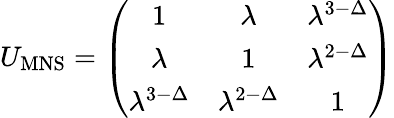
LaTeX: U_{\mathrm{MNS}}=\left(\begin{array}{ccc}{{1}}&{{\lambda}}&{{\lambda^{3-\Delta}}}\\ {{\lambda}}&{{1}}&{{\lambda^{2-\Delta}}}\\ {{\lambda^{3-\Delta}}}&{{\lambda^{2-\Delta}}}&{{1}}\end{array}\right)